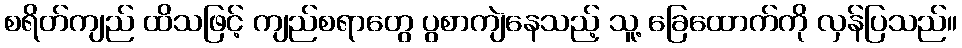
စရိတ်ကျည် ထိသဖြင့် ကျည်စရာတွေ ပွစာကျဲနေသည့် သူ့ ခြေထောက်ကို လှန်ပြသည်။